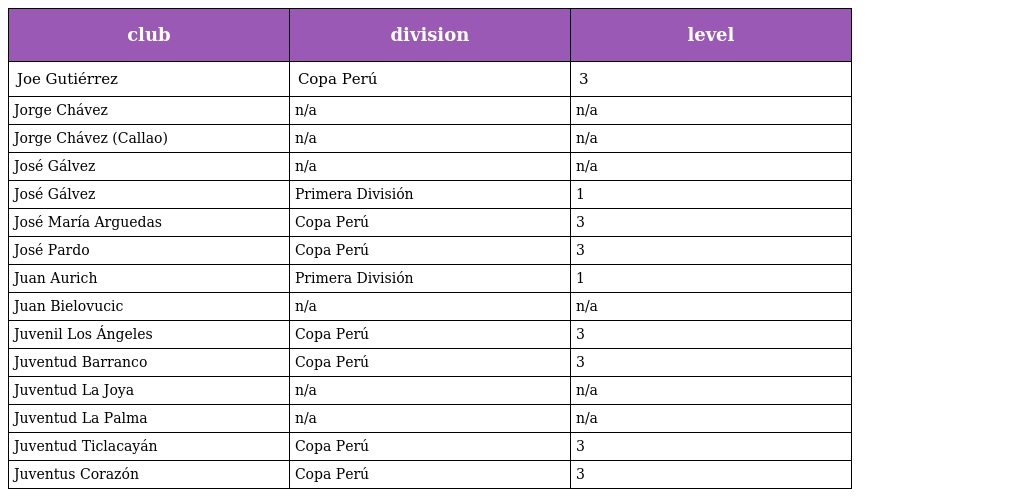
| club | division | level |
 | --- | --- | --- |
 | Joe Gutiérrez | Copa Perú | 3 |
 | Jorge Chávez | n/a | n/a |
 | Jorge Chávez (Callao) | n/a | n/a |
 | José Gálvez | n/a | n/a |
 | José Gálvez | Primera División | 1 |
 | José María Arguedas | Copa Perú | 3 |
 | José Pardo | Copa Perú | 3 |
 | Juan Aurich | Primera División | 1 |
 | Juan Bielovucic | n/a | n/a |
 | Juvenil Los Ángeles | Copa Perú | 3 |
 | Juventud Barranco | Copa Perú | 3 |
 | Juventud La Joya | n/a | n/a |
 | Juventud La Palma | n/a | n/a |
 | Juventud Ticlacayán | Copa Perú | 3 |
 | Juventus Corazón | Copa Perú | 3 |